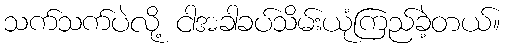
သက်သက်ပဲလို့ ငါအခါခပ်သိမ်းယုံကြည်ခဲ့တယ်။